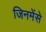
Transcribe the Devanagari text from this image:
जिनमेंसे